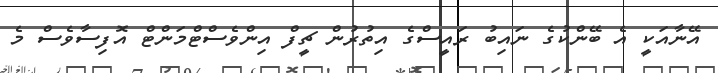
އޭނާއަކީ އެ ބޭންކުގެ ނައިބު ރައީސްގެ އިތުރުން ޗީފް އިންވެސްޓްމަންޓް އޮފިސާވެސް މެ